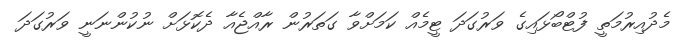
މެދުއިރުމަތީ ފުޓްބޯޅައިގެ ވަރުގަދަ ޓީމެއް ކަމަށްވާ ގަތަރުން ރާއްޖެއާ ދެކޮޅަށް ނުކުންނަނީ ވަރުގަދަ